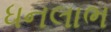
ધનલાભ